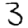
Digit: 3